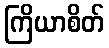
ကြိယာစိတ်